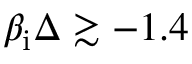
\beta _ { \mathrm { i } } \Delta \gtrsim - 1 . 4